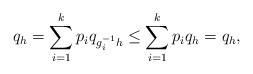
LaTeX: \begin{align*} q_h = \sum_{i=1}^k p_i q_{g_i^{-1} h} \leq \sum_{i=1}^k p_i q_{h} = q_h,\end{align*}